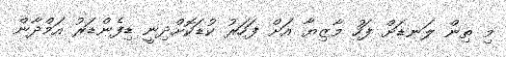
މި ތިން ލަނޑަށް ފަހު މާޒިޔާ އަށް ފަހަރު ކުޑަކޮށްދިނީ ޑިފެންޑަރު އަމްދާން